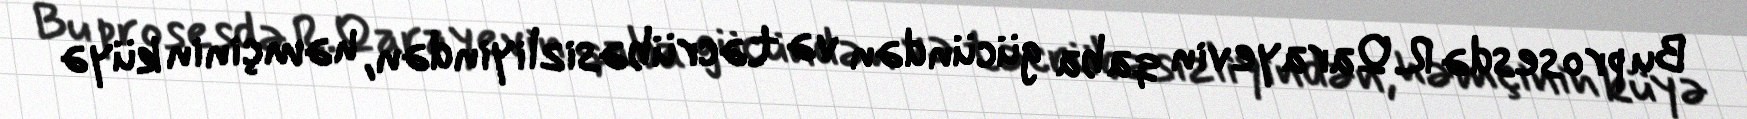
Bu prosesdə R.Qarayevin qaba gücündən və təcrübəsizliyindən, həmçinin küyə